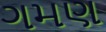
ગમણ